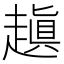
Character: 𧽍